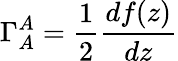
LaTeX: \Gamma_{A}^{A}=\frac{1}{2}\frac{df(z)}{dz}